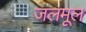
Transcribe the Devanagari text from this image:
जलमूल